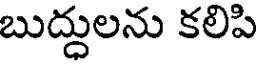
బుద్దులను కలిపి